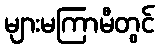
များမကြာမီတွင်